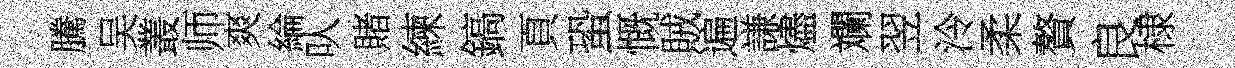
騰吴叢师爽綸㕥賭練鎬頁蛩慨賊遍謙燼斕翌泠柔贅良棣